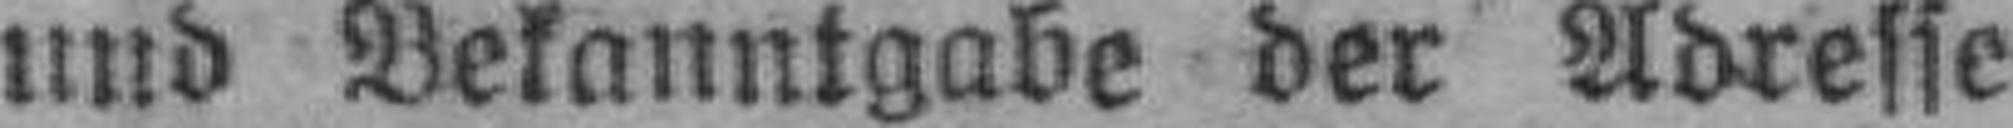
und Bekanntgabe der Adresse